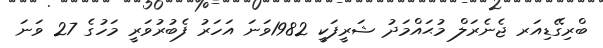
ބްރިގޭޑިއަރ ޖެނެރަލް މުޙައްމަދު ޝަރީފަކީ 1982ވަނަ އަހަރު ފެބުރުވަރީ މަހުގެ 27 ވަނަ